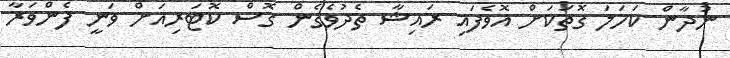
ނުދާން ކަހަލަ ގޮތަކަށް އޮވެފައި ރައިޝާ ތެދުވެގެން ގޮސް ކޮޓަރިއަށް ވަނީ ފެންވަރާ